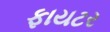
ફાયટર